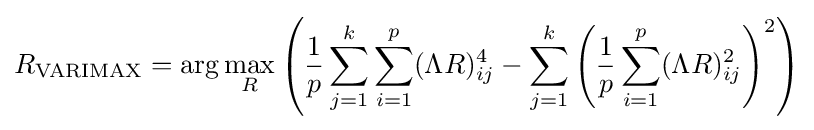
R_{\mathrm {VARIMAX} }=\operatorname {arg} \max _{R}\left({\frac {1}{p}}\sum _{j=1}^{k}\sum _{i=1}^{p}(\Lambda R)_{ij}^{4}-\sum _{j=1}^{k}\left({\frac {1}{p}}\sum _{i=1}^{p}(\Lambda R)_{ij}^{2}\right)^{2}\right)